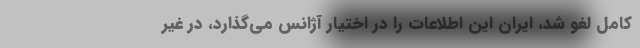
کامل لغو شد، ایران این اطلاعات را در اختیار آژانس می‌گذارد، در غیر